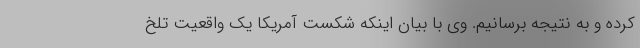
کرده و به نتیجه برسانیم. وی با بیان اینکه شکست آمریکا یک واقعیت تلخ